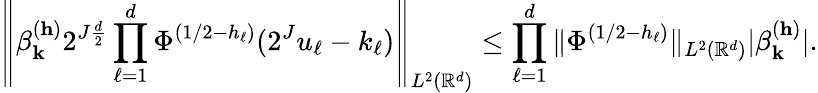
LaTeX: \left\| \beta_{\mathbf{k}}^{(\mathbf{h})}2^{J\frac{d}{2}}\prod_{\ell=1}^{d}\Phi^{(1/2-h_{\ell})}(2^{J}u_{\ell}-k_{\ell})\right\| _{L^{2}(\mathbb{R}^{d})}\leq\prod_{\ell=1}^{d}\| \Phi^{(1/2-h_{\ell})}\| _{L^{2}(\mathbb{R}^{d})}|\beta_{\mathbf{k}}^{(\mathbf{h})}|.